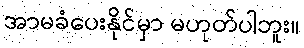
အာမခံပေးနိုင်မှာ မဟုတ်ပါဘူး။